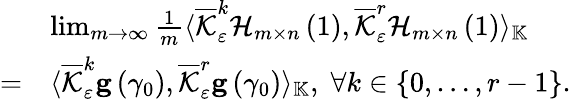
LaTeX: \begin{array}{rl}&{\operatorname*{lim}_{m\rightarrow\infty}\frac{1}{m}\langle\overline{{\mathcal{K}}}_{\varepsilon}^{k}\mathcal{H}_{m\times n}\left(1\right),\overline{{\mathcal{K}}}_{\varepsilon}^{r}\mathcal{H}_{m\times n}\left(1\right)\rangle_{\mathbb{K}}}\\ {=}&{\langle\overline{{\mathcal{K}}}_{\varepsilon}^{k}\mathbf{g}\left(\gamma_{0}\right),\overline{{\mathcal{K}}}_{\varepsilon}^{r}\mathbf{g}\left(\gamma_{0}\right)\rangle_{\mathbb{K}},\; \forall k\in\{ 0,\ldots,r-1\} .}\end{array}